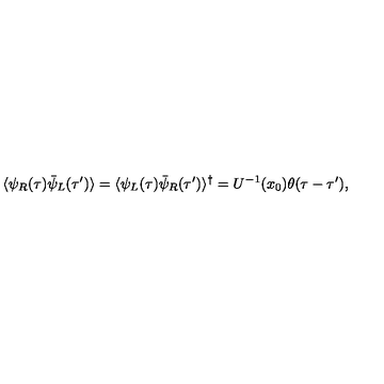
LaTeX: \langle \psi _ { R } ( \tau ) \bar { \psi } _ { L } ( \tau ^ { \prime } ) \rangle = \langle \psi _ { L } ( \tau ) \bar { \psi } _ { R } ( \tau ^ { \prime } ) \rangle ^ { \dagger } = U ^ { - 1 } ( x _ { 0 } ) \theta ( \tau - \tau ^ { \prime } ) ,